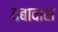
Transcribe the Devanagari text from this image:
दबावास